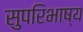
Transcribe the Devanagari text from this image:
सुपरिभाष्य